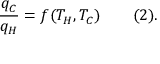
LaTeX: { \frac { q _ { C } } { q _ { H } } } = f ( T _ { H } , T _ { C } ) \qquad ( 2 ) .